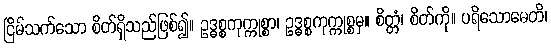
ငြိမ်သက်သော စိတ်ရှိသည်ဖြစ်၍။ ဥဒ္ဓစ္စကုက္ကုစ္စာ၊ ဥဒ္ဓစ္စကုက္ကုစ္စမှ။ စိတ္တံ၊ စိတ်ကို။ ပရိသောဓေတိ၊